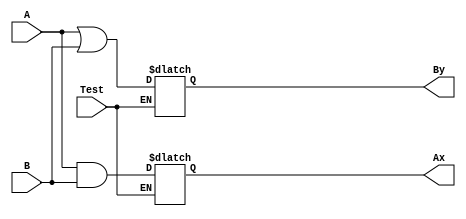
module Assignment_Circuit3(
input				A, B, Test,
output	reg	Ax, By);

always @(*)
begin
	if (Test)
		Ax = A & B;
	else
		By = A | B;
end
endmodule